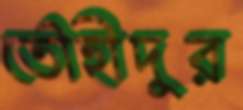
তৌহীদুর